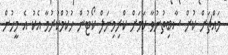
މައްޗަށް ކުށް ސާބިތުނުވާ ކަމަށް ކްރިމިނަލް ކޯޓުން ހުކުމްކުރުމާ އެކު އެ މީހުން